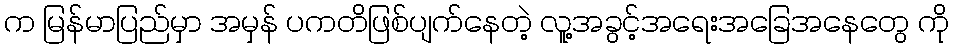
က မြန်မာပြည်မှာ အမှန် ပကတိဖြစ်ပျက်နေတဲ့ လူ့အခွင့်အရေးအခြေအနေတွေ ကို